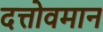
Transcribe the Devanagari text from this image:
दत्तोवमान